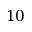
1 0